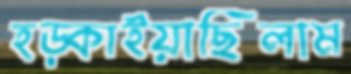
হড়্‌কাইয়াছিলাম